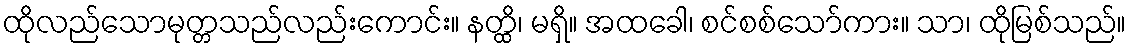
ထိုလည်သောမုတ္တသည်လည်းကောင်း။ နတ္ထိ၊ မရှိ။ အထခေါ၊ စင်စစ်သော်ကား။ သာ၊ ထိုမြစ်သည်။